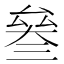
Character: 𠬅